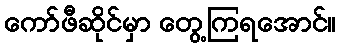
ကော်ဖီဆိုင်မှာ တွေ့ကြရအောင်။